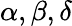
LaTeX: \alpha,\beta,\delta